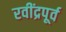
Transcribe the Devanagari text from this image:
रवींद्रपूर्व